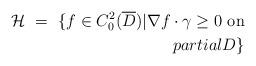
LaTeX: \begin{align*}{\mathcal H} \ = \ \{ f \in C^2_0 (\overline{D}) | \nabla f \cdot \gamma \geq 0 \ {\rm on} \\partial D \}\end{align*}